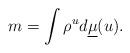
LaTeX: \begin{align*}m=\int\rho^u d\underline\mu(u).\end{align*}